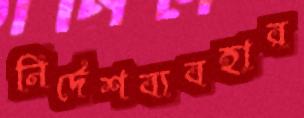
নির্দেশব্যবহার